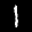
Label: 1